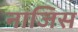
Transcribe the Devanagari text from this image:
नाजिस